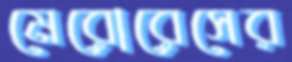
মেরোরেসের